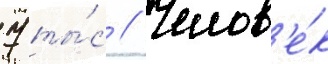
7 ты́с // Челов'е́к